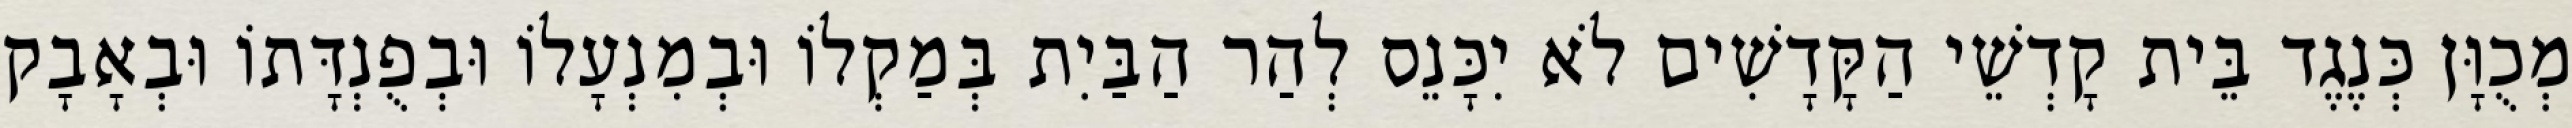
מְכֻוָּן כְּנֶגֶד בֵּית קָדְשֵׁי הַקָּדָשִׁים לֹא יִכָּנֵס לְהַר הַבַּיִת בְּמַקְלוֹ וּבְמִנְעָלוֹ וּבְפֻנְדָּתוֹ וּבְאָבָק